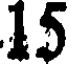
15